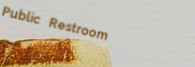
Public Restroom